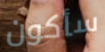
سأكون